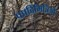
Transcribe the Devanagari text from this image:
पपदिमित्रिऔ